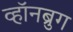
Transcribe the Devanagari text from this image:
व्हॉनब्रुग